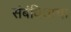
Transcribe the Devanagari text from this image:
संबंधिताचा